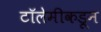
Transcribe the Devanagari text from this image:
टॉलेमीकडून